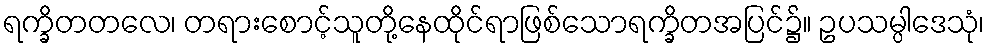
ရက္ခိတတလေ၊ တရားစောင့်သူတို့နေထိုင်ရာဖြစ်သောရက္ခိတအပြင်၌။ ဥပသမ္ပါဒေသုံ၊